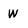
Character: W